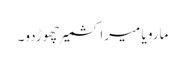
مارو یا میرا کشمیر چھوڑدو۔